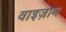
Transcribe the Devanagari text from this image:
वाइज़ाम